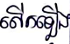
លើកឡើង